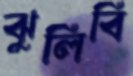
ঝুলিবি